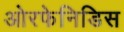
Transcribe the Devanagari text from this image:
ओरफेनिडिस